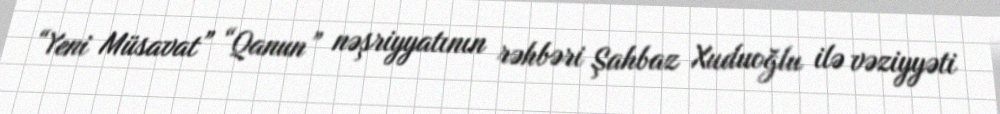
“Yeni Müsavat” “Qanun” nəşriyyatının rəhbəri Şahbaz Xuduoğlu ilə vəziyyəti